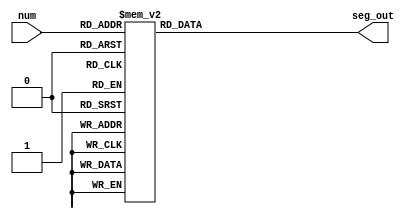
`timescale 1ns / 1ps
//////////////////////////////////////////////////////////////////////////////////
// Company: SUSTech_CSE
// 
// Design Name: 
// Module Name: light_7seg
// Project Name: Clock
// Target Devices: 
// Tool Versions: 
// Description: 
//      747?
// Dependencies: 
// 
// Revision:
// Revision 0.01 - File Created
// Additional Comments:
// 
//////////////////////////////////////////////////////////////////////////////////


module light_7seg(input [3:0] num, output reg [7:0] seg_out);
    
    always @ *
    begin
        case(num)
            4'h0: seg_out = 8'b11000000; // 0  
            4'h1: seg_out = 8'b11111001; // 1
            4'h2: seg_out = 8'b10100100; // 2
            4'h3: seg_out = 8'b10110000; // 3
            4'h4: seg_out = 8'b10011001; // 4
            4'h5: seg_out = 8'b10010010; // 5
            4'h6: seg_out = 8'b10000010; // 6
            4'h7: seg_out = 8'b11111000; // 7
            4'h8: seg_out = 8'b10000000; // 8
            4'h9: seg_out = 8'b10010000; // 9
            4'ha: seg_out = 8'b10001000; // A
            4'hb: seg_out = 8'b10000011; // b
            4'hc: seg_out = 8'b11000110; // c
            4'hd: seg_out = 8'b10100001; // d
            4'he: seg_out = 8'b10000110; // E
            4'hf: seg_out = 8'b10001110; // F
            default: seg_out = 8'b10000000;  
        endcase
    end   
endmodule